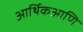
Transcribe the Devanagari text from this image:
आर्थिकआणि